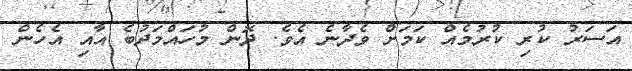
އަސަރު ކުރި ކުރުމެއް ކަމަށް ވެދާނެ އެވެ. ދޮން މުހައްމަދުބެ އާއި އެހެން